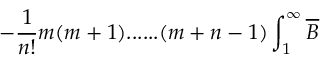
- \frac { 1 } { n ! } m ( m + 1 ) . . . . . . ( m + n - 1 ) \int _ { 1 } ^ { \infty } \overline { { { B } } }